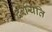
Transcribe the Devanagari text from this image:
दर्शयति